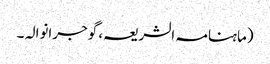
(ماہنامہ الشریعہ، گوجرانوالہ ۔